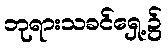
ဘုရားသခင်ရှေ့၌